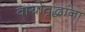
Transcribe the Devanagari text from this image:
वायोवृद्धांना